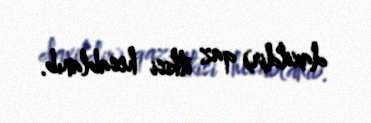
daxildir) qaz itkisi hesablanıb.